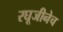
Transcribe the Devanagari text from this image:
रघूजीनेच